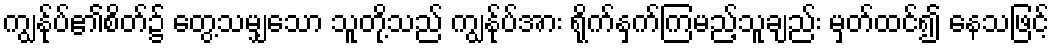
ကျွန်ုပ်၏စိတ်၌ တွေ့သမျှသော သူတို့သည် ကျွန်ုပ်အား ရိုက်နှက်ကြမည့်သူချည်း မှတ်ထင်၍ နေသဖြင့်